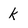
Character: k